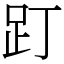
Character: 䟓